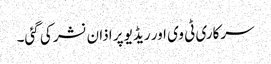
سرکاری ٹی وی اور ریڈیو پر اذان نشر کی گئی۔